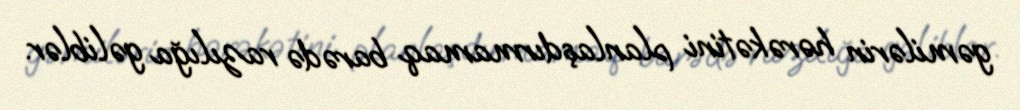
gəmilərin hərəkətini planlaşdırmamaq barədə razılığa gəliblər.